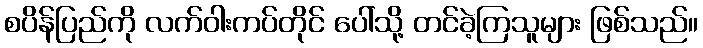
စပိန်ပြည်ကို လက်ဝါးကပ်တိုင် ပေါ်သို့ တင်ခဲ့ကြသူများ ဖြစ်သည်။